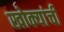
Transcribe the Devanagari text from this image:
खोक्यांची